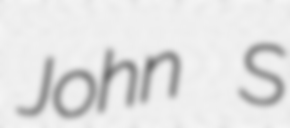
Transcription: John S